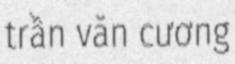
trần văn cương